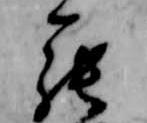
罷